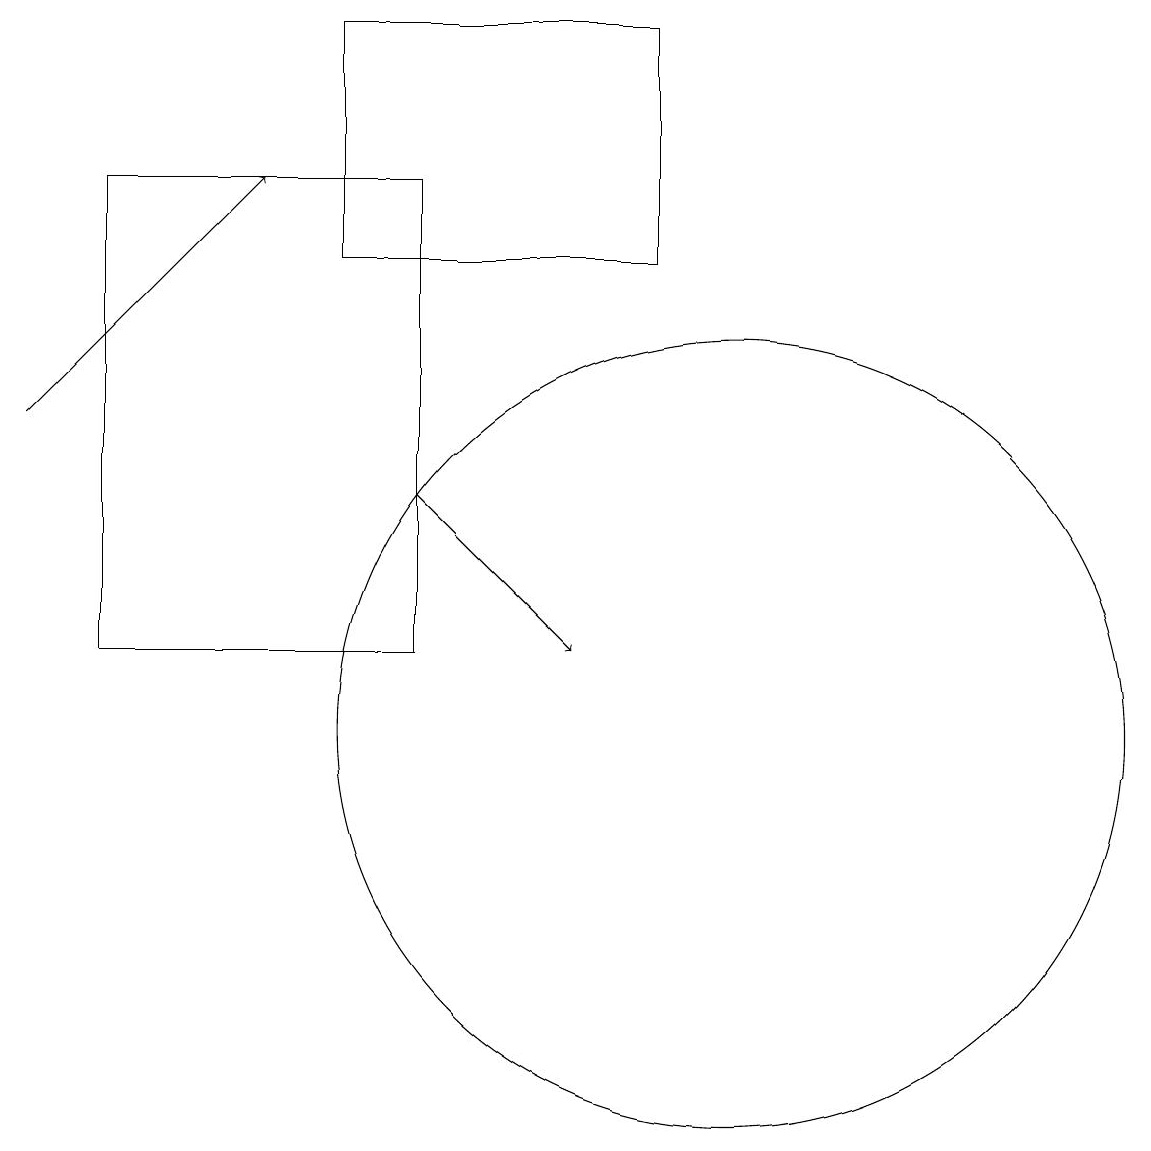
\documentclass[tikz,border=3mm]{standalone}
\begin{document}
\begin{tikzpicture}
\draw[->] (1,14) -- (4,17);
\draw (10,10) circle (5);
\draw[->] (6,13) -- (8,11);
\draw (6,17) rectangle (2,11);
\draw (9,16) rectangle (5,19);
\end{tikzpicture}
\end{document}